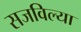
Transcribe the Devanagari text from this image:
सजविल्या